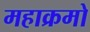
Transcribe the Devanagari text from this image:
महाक्रमो